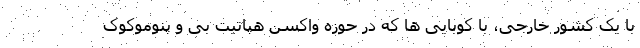
با یک کشور خارجی، با کوبایی ها که در حوزه واکسن هپاتیت بی و پنوموکوک